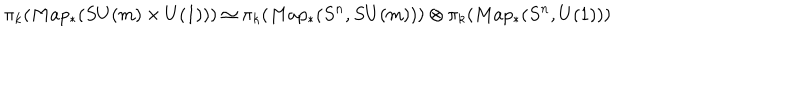
\pi _ { k } ( M a p _ { \ast } ( S U ( m ) \times U ( 1 ) ) ) \simeq \pi _ { k } ( M a p _ { \ast } ( S ^ { n } , S U ( m ) ) ) \otimes \pi _ { k } ( M a p _ { \ast } ( S ^ { n } , U ( 1 ) ) )